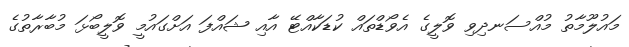
މައުލޫމާތު މުއްސަނދިވި ވޮލީގެ އެވޯޑްތައް ކުޑަކާއްޓޭ އާއި ޝައްފަ އަށްގައުމީ ވޮލީބޯޅަ މުބާރާތުގެ